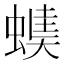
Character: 𧏂